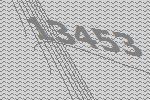
13453